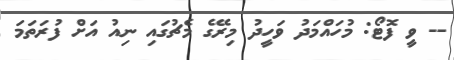
-- ވީ ފޮޓޯ: މުހައްމަދު ވަހީދު މިރޭގެ މެޗުގައި ނިއު އަށް ފުރަތަމަ